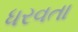
ધરવતા